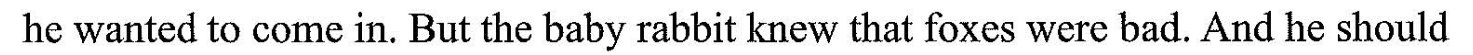
he wanted to come in. But the baby rabbit knew that foxes were bad. And he should